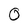
Character: 0